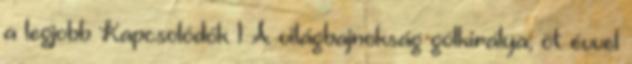
a legjobb Kapcsolódók 1 A világbajnokság gólkirálya, öt évvel